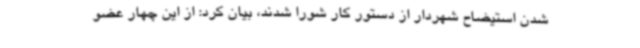
شدن استیضاح شهردار از دستور کار شورا شدند، بیان کرد: از این چهار عضو